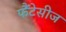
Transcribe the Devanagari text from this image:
फैंटेसीज